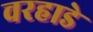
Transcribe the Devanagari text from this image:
वरहाडे